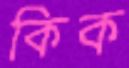
কিক